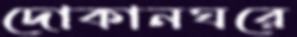
দোকানঘরে